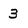
Character: 3